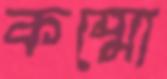
কম্মো